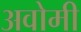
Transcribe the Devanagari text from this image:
अवोमी